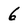
Character: 6